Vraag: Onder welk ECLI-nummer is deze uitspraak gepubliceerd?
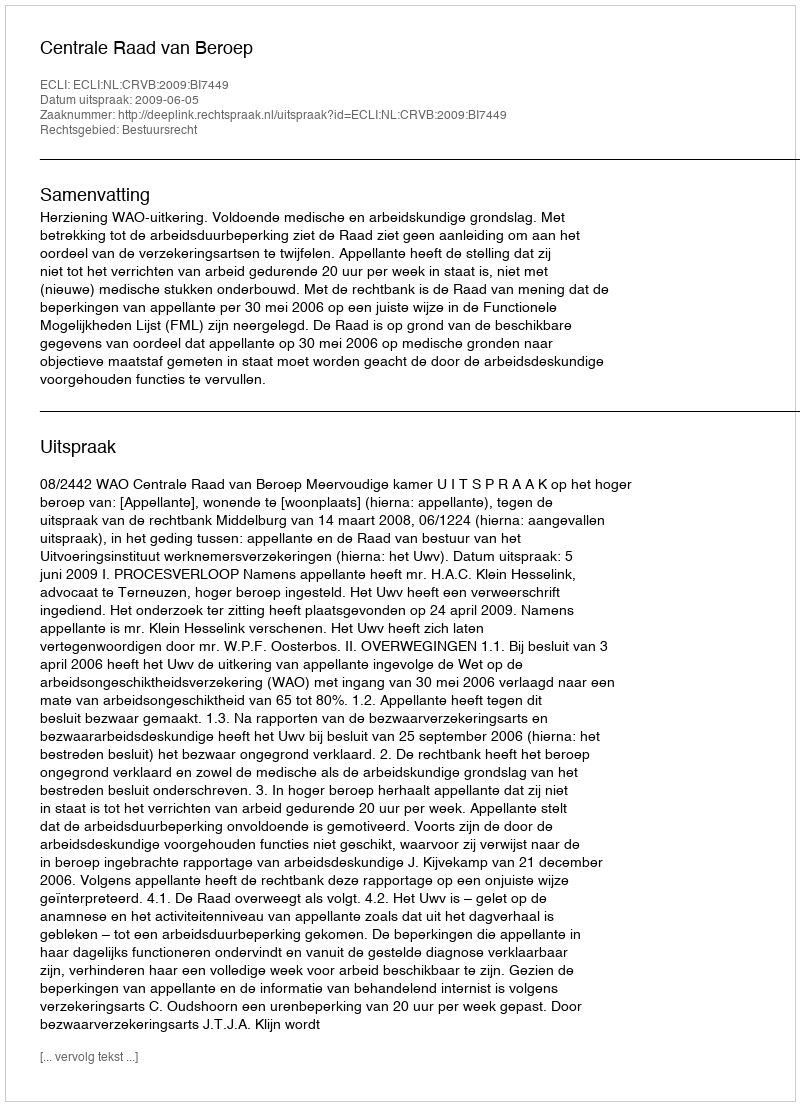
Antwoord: ECLI:NL:CRVB:2009:BI7449